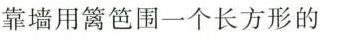
靠墙用篱笆围一个长方形的